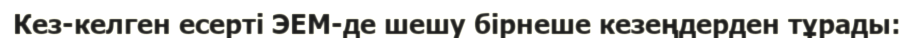
Кез-келген есерті ЭЕМ-де шешу бірнеше кезеңдерден тұрады: